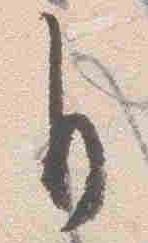
自